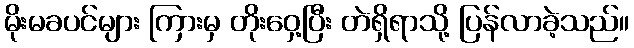
မိုးမခပင်များ ကြားမှ တိုးဝှေ့ပြီး တဲရှိရာသို့ ပြန်လာခဲ့သည်။